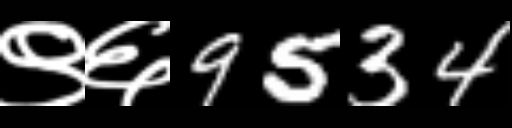
Text: ९६9534